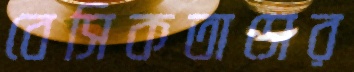
বেসিকতাসের